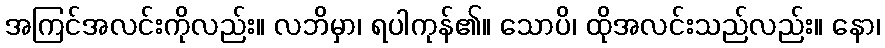
အကြင်အလင်းကိုလည်း။ လဘိမှာ၊ ရပါကုန်၏။ သောပိ၊ ထိုအလင်းသည်လည်း။ နော၊